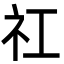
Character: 𬒬